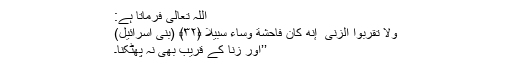
اللہ تعالیٰ فرماتا ہے:
وَلَا تَقْرَبُوا الزِّنَىٰ ۖ إِنَّهُ كَانَ فَاحِشَةً وَسَاءَ سَبِيلًا ﴿٣٢﴾ (بنی اسرائیل)
’’اور زنا کے قریب بھی نہ پھٹکنا۔